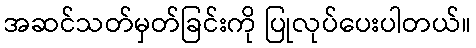
အဆင်သတ်မှတ်ခြင်းကို ပြုလုပ်ပေးပါတယ်။